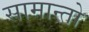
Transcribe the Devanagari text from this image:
सामान्तो